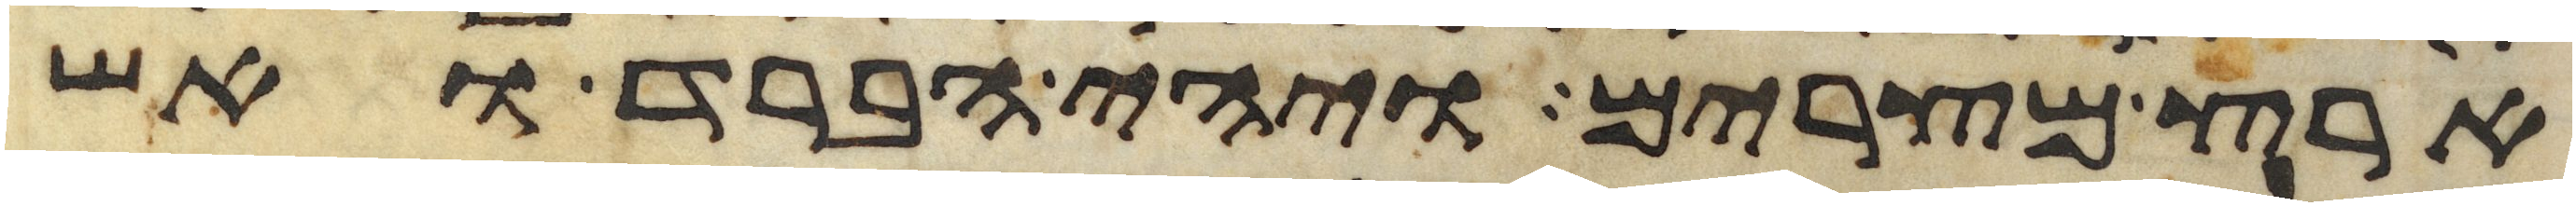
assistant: ארץ מצרים ויהי הברד ואש